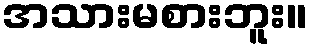
အသားမစားဘူး။